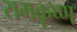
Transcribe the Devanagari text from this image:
रामकृष्‍ण